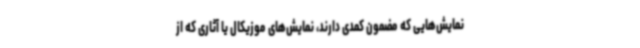
نمایش‌هایی که مضمون کمدی دارند، نمایش‌های موزیکال یا آثاری که از